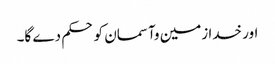
اور خدا زمین وآسمان کو حکم دے گا۔